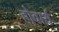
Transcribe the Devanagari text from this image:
होवार्थ